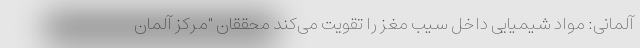
آلمانی: مواد شیمیایی داخل سیب مغز را تقویت می‌کند محققان "مرکز آلمان